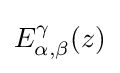
E_{\alpha ,\beta }^{\gamma }(z)